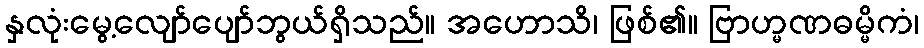
နှလုံးမွေ့လျော်ပျော်ဘွယ်ရှိသည်။ အဟောသိ၊ ဖြစ်၏။ ဗြာဟ္မဏဓမ္မိကံ၊